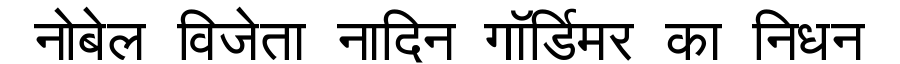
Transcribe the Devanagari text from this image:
नोबेल विजेता नादिन गॉर्डिमर का निधन